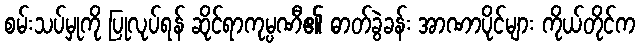
စမ်းသပ်မှုကို ပြုလုပ်ရန် ဆိုင်ရာကုမ္ပဏီ၏ ဓာတ်ခွဲခန်း အာဏာပိုင်များ ကိုယ်တိုင်က